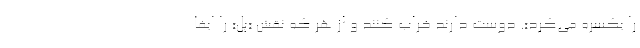
را یکسره می‌کرد». دوست دارند خراب کنند و از هر که نقش «پُل» را ایفا